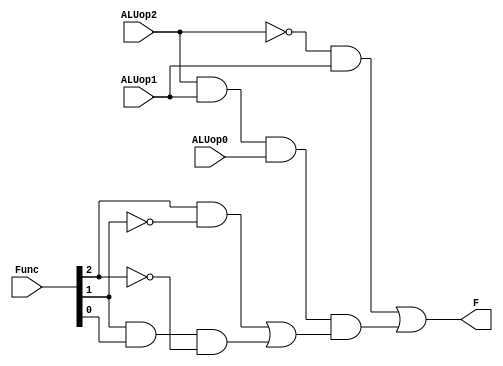
module Alu_Control_C0 (ALUop2,ALUop1,ALUop0,Func,F);
input ALUop2,ALUop1,ALUop0;
input [2:0]Func;
output F;
wire [5:0]x;
wire [2:0] inverse;

not q1(inverse[0],Func[1]);
not q2(inverse[1],Func[2]);
not q3(inverse[2],ALUop2);
and q11(x[0],ALUop2,ALUop1,ALUop0);
and q4(x[1],Func[2],inverse[0]);
and q5(x[2],Func[1],Func[0],inverse[1]);
or q6(x[3],x[1],x[2]);
and q7(x[4],x[0],x[3]);

and q8 (x[5],inverse[2],ALUop1);
or q9 (F,x[5],x[4]);
endmodule